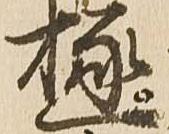
極